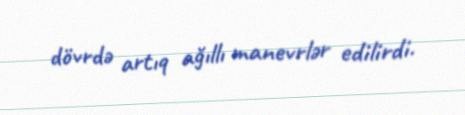
dövrdə artıq ağıllı manevrlər edilirdi.